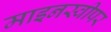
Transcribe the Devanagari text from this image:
माइनस्वीपर